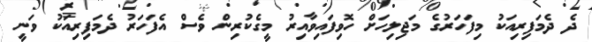
ދެ ދެމަފިރިއަކު މިފަހަރުގެ މަޖިލިހަށް ހޮވިފައިވާއިރު މީގެކުރިން ވެސް އެފަހަރު ދެމަފިރިއަކު ވަނީ